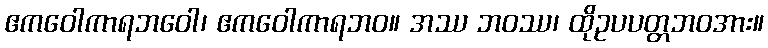
ဧကဝေါကာရဘဝေါ၊ ဧကဝေါကာရဘဝ။ အဿ ဘဝဿ၊ ထိုဥပပတ္တဘဝအား။